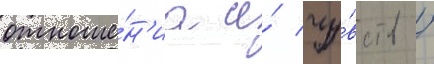
отноше́н'иа и́ чу́вств /